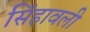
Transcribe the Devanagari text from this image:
सिंहावली